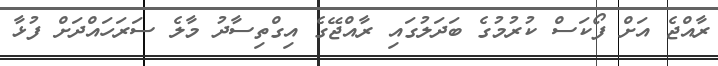
ރާއްޖެ އަށް ފޯކަސް ކުރުމުގެ ބަދަލުގައި ރާއްޖޭގެ އިގްތިސާދު މާލެ ސަރަހައްދަށް ފުޅާ